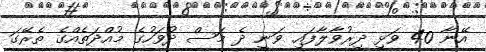
އޭނާ 40 ވަޅި ދިރުވާލާފައި ވަނީ ދެ މަސް ދުވަހުގެ މުއްދަތެއްގެ ތެރޭގަ